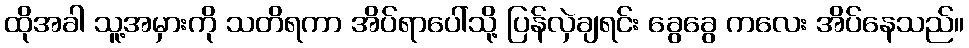
ထိုအခါ သူ့အမှားကို သတိရကာ အိပ်ရာပေါ်သို့ ပြန်လှဲချရင်း ခွေခွေ ကလေး အိပ်နေသည်။